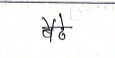
मजकूर: बैठे